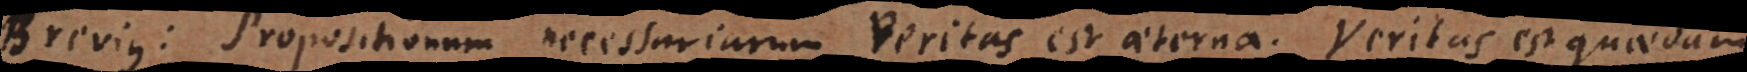
Brevius: Propositionum necessariarum Veritas est aeterna. Veritas est quaedam